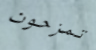
تمزحون